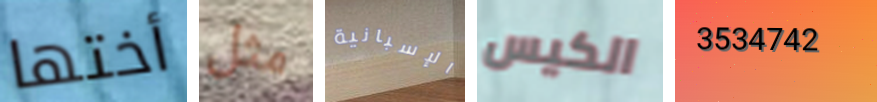
أختها مثل الإسبانية الكيس 3534742